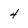
Character: 4